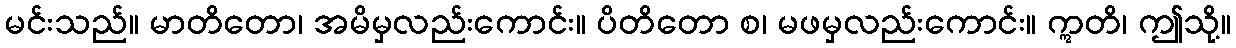
မင်းသည်။ မာတိတော၊ အမိမှလည်းကောင်း။ ပိတိတော စ၊ မဖမှလည်းကောင်း။ ဣတိ၊ ဤသို့။